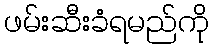
ဖမ်းဆီးခံရမည်ကို